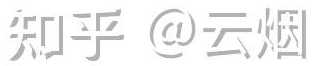
知乎 @云烟